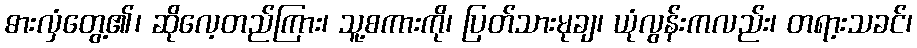
ဓားလှံတွေ့၏၊ ဆိုလေ့တည်ကြား၊ သူ့စကားကို၊ ပြတ်သားမုချ၊ ယုံလွန်းကလည်း၊ တရာ့းသခင်၊